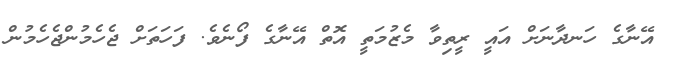
އޭނާގެ ހަނދާނަށް އައީ ރީތިވާ މެޒުމަތީ އޮތް އޭނާގެ ފޯނެވެ. ފަހަތަށް ޖެހެމުންޖެހެމުން